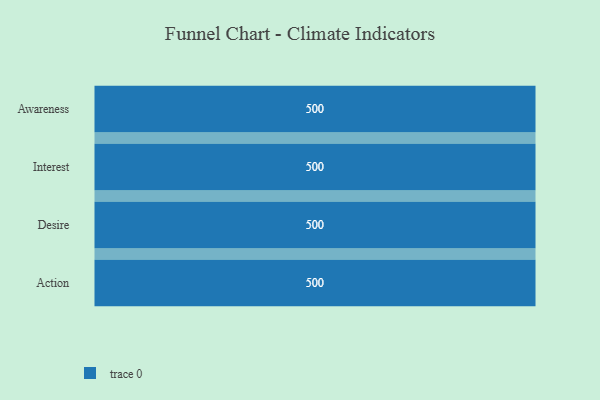
{"axis": {"x": "Stage", "y": "Value"}, "legend": [""], "data": [{"x": "Awareness", "y": 500, "type": ""}, {"x": "Interest", "y": 500, "type": ""}, {"x": "Desire", "y": 500, "type": ""}, {"x": "Action", "y": 500, "type": ""}]}